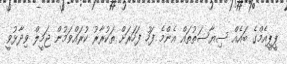
ޕީޕީއެމްގެ ބައެއް ސިޔާސަތުތައް އެންމެ ފަހު ފަހަރަށް ތަކުރާރު ކުރައްވަމުން ޖަމީލް ވިދާޅުވީ